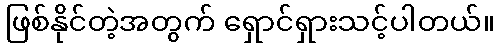
ဖြစ်နိုင်တဲ့အတွက် ရှောင်ရှားသင့်ပါတယ်။